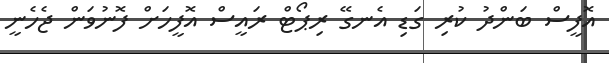
އޮފީސް ބަންދު ކުރި ގަޑި އެނގޭ ރިޕޯޓް ރައީސް އޮފީހަށް ފޮނުވަން ޖެހެނީ